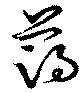
藹